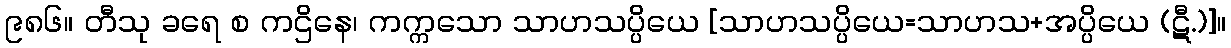
၉၈၆။ တီသု ခရေ စ ကဌိနေ၊ ကက္ကသော သာဟသပ္ပိယေ [သာဟသပ္ပိယေ=သာဟသ+အပ္ပိယေ (ဋီ.)]။